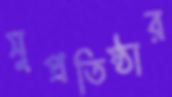
সুপ্রতিষ্ঠার